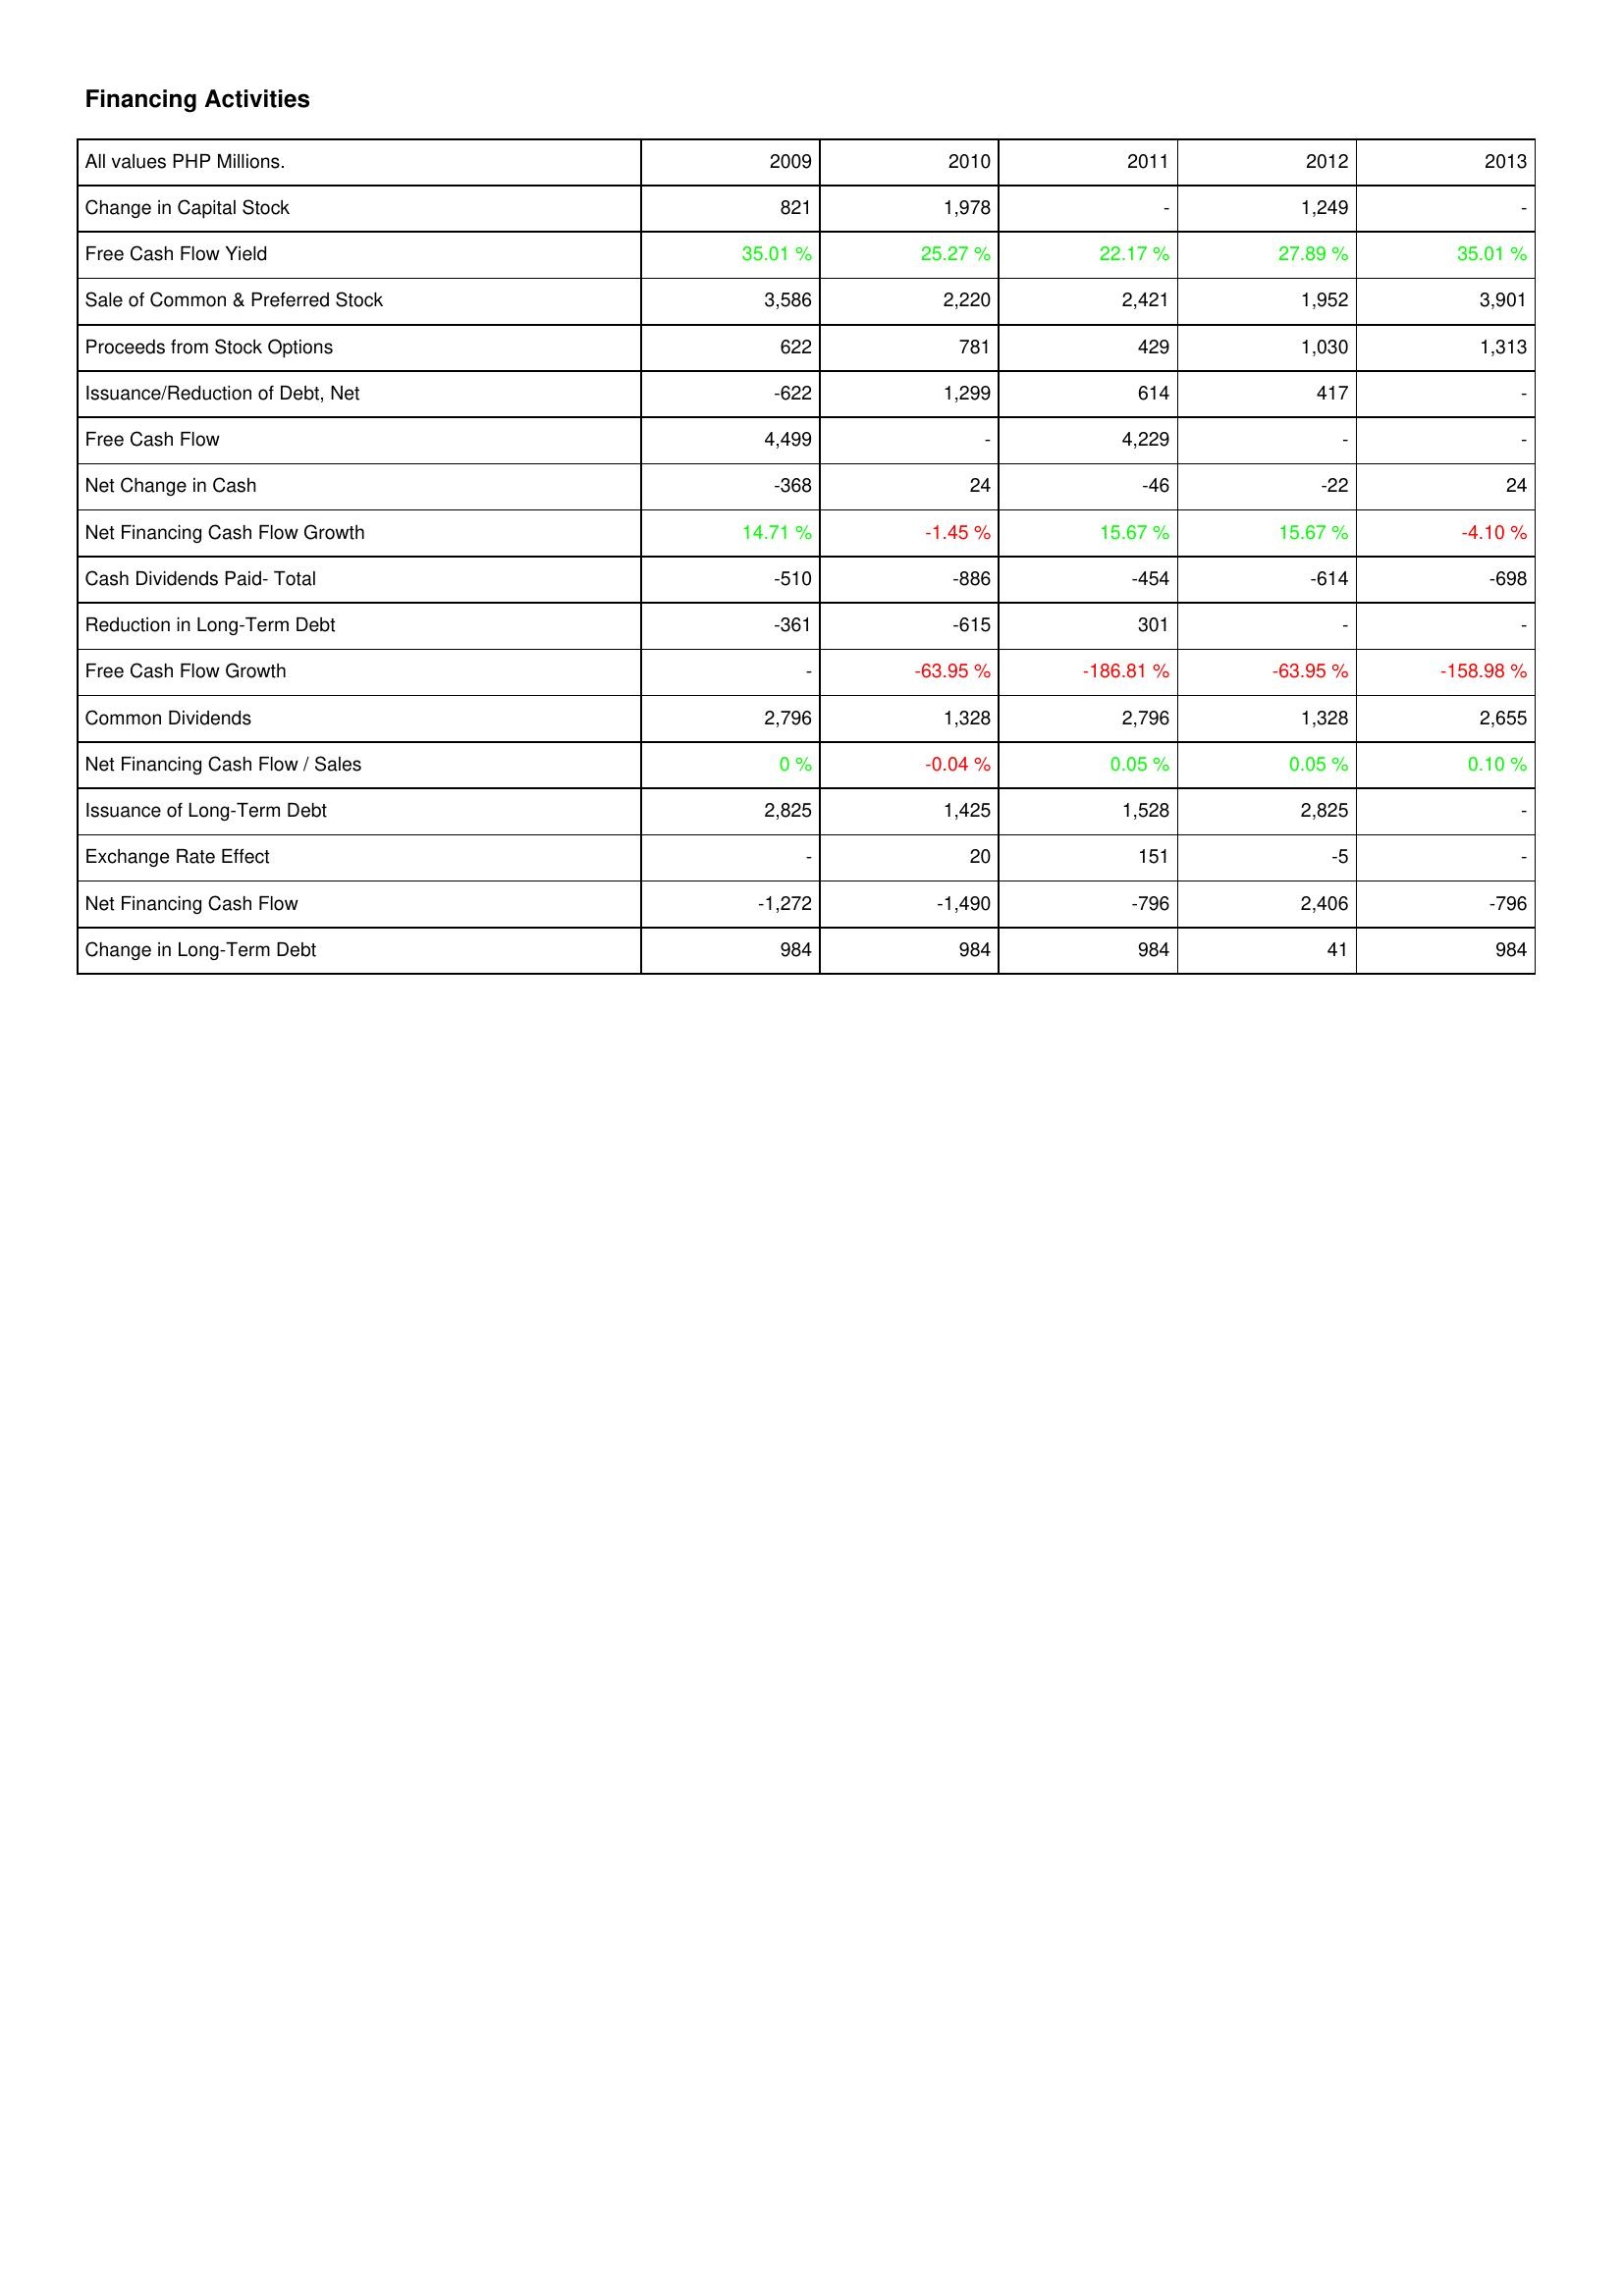
2009: Financing Activities: Change in Capital Stock: 821
Free Cash Flow Yield: 35.01 %
Sale of Common & Preferred Stock: 3,586
Proceeds from Stock Options: 622
Issuance/Reduction of Debt, Net: -622
Free Cash Flow: 4,499
Net Change in Cash: -368
Net Financing Cash Flow Growth: 14.71 %
Cash Dividends Paid- Total: -510
Reduction in Long-Term Debt: -361
Free Cash Flow Growth: -
Common Dividends: 2,796
Net Financing Cash Flow / Sales: 0 %
Issuance of Long-Term Debt: 2,825
Exchange Rate Effect: -
Net Financing Cash Flow: -1,272
Change in Long-Term Debt: 984
2010: Financing Activities: Change in Capital Stock: 1,978
Free Cash Flow Yield: 25.27 %
Sale of Common & Preferred Stock: 2,220
Proceeds from Stock Options: 781
Issuance/Reduction of Debt, Net: 1,299
Free Cash Flow: -
Net Change in Cash: 24
Net Financing Cash Flow Growth: -1.45 %
Cash Dividends Paid- Total: -886
Reduction in Long-Term Debt: -615
Free Cash Flow Growth: -63.95 %
Common Dividends: 1,328
Net Financing Cash Flow / Sales: -0.04 %
Issuance of Long-Term Debt: 1,425
Exchange Rate Effect: 20
Net Financing Cash Flow: -1,490
Change in Long-Term Debt: 984
2011: Financing Activities: Change in Capital Stock: -
Free Cash Flow Yield: 22.17 %
Sale of Common & Preferred Stock: 2,421
Proceeds from Stock Options: 429
Issuance/Reduction of Debt, Net: 614
Free Cash Flow: 4,229
Net Change in Cash: -46
Net Financing Cash Flow Growth: 15.67 %
Cash Dividends Paid- Total: -454
Reduction in Long-Term Debt: 301
Free Cash Flow Growth: -186.81 %
Common Dividends: 2,796
Net Financing Cash Flow / Sales: 0.05 %
Issuance of Long-Term Debt: 1,528
Exchange Rate Effect: 151
Net Financing Cash Flow: -796
Change in Long-Term Debt: 984
2012: Financing Activities: Change in Capital Stock: 1,249
Free Cash Flow Yield: 27.89 %
Sale of Common & Preferred Stock: 1,952
Proceeds from Stock Options: 1,030
Issuance/Reduction of Debt, Net: 417
Free Cash Flow: -
Net Change in Cash: -22
Net Financing Cash Flow Growth: 15.67 %
Cash Dividends Paid- Total: -614
Reduction in Long-Term Debt: -
Free Cash Flow Growth: -63.95 %
Common Dividends: 1,328
Net Financing Cash Flow / Sales: 0.05 %
Issuance of Long-Term Debt: 2,825
Exchange Rate Effect: -5
Net Financing Cash Flow: 2,406
Change in Long-Term Debt: 41
2013: Financing Activities: Change in Capital Stock: -
Free Cash Flow Yield: 35.01 %
Sale of Common & Preferred Stock: 3,901
Proceeds from Stock Options: 1,313
Issuance/Reduction of Debt, Net: -
Free Cash Flow: -
Net Change in Cash: 24
Net Financing Cash Flow Growth: -4.10 %
Cash Dividends Paid- Total: -698
Reduction in Long-Term Debt: -
Free Cash Flow Growth: -158.98 %
Common Dividends: 2,655
Net Financing Cash Flow / Sales: 0.10 %
Issuance of Long-Term Debt: -
Exchange Rate Effect: -
Net Financing Cash Flow: -796
Change in Long-Term Debt: 984